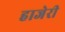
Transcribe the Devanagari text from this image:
हाजेरी